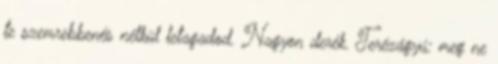
te szemrebbenés nélkül letagadod. Nagyon derék. Terézágyú: meg ne